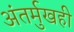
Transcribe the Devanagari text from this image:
अंतर्मुखही